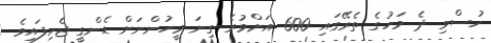
ހުސްވި ދެ މަހުގެ ތެރޭގައި 600 އަށްވުރެ ގިނަ މީހުންނަށް ޑެންގީ ޖެހިފައިވެ